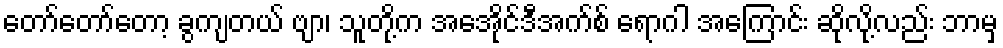
တော်တော်တော့ ခွကျတယ် ဗျာ၊ သူတို့က အေအိုင်ဒီအက်စ် ရောဂါ အကြောင်း ဆိုလို့လည်း ဘာမှ